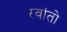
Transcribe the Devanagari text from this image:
रवांतो